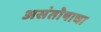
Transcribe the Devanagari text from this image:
असंतोषाचा